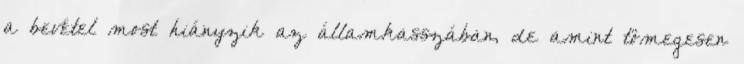
a bevétel most hiányzik az államkasszában, de amint tömegesen